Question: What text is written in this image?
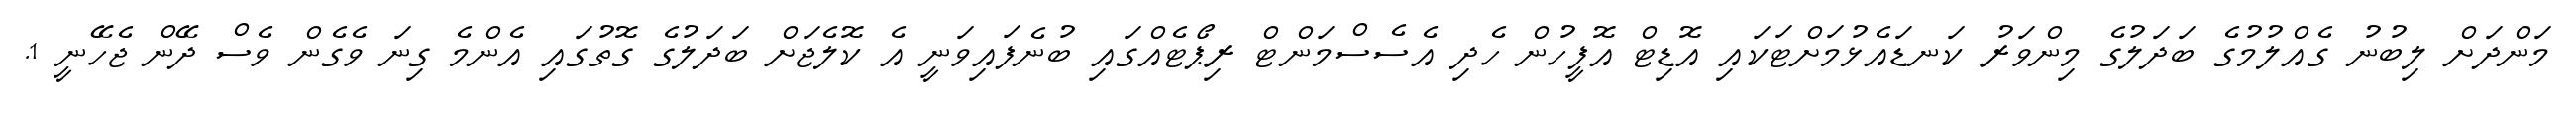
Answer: މަންދަށް ލިބުނު ގެއްލުމުގެ ބަދަލުގެ މިންވަރު ކަނޑައެޅުމަށްޓަކައި އޮޑިޓް އޮފީހުން ހެދި އެސެސްމަންޓް ރިޕޯޓެއްގައި ބުނެފައިވަނީ އެ ކޮލެޖަށް ބަދަލުގެ ގޮތުގައި އެންމެ ގިނަ ވެގެން ވެސް ދޭން ޖެހޭނީ 1.